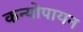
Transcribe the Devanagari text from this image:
कन्योपायन